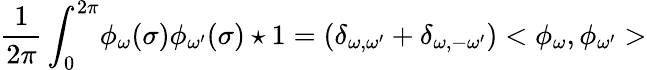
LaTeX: \frac{1}{2\pi}\int_{0}^{2\pi}\! \phi_{\omega}(\sigma)\phi_{\omega^{\prime}}(\sigma)\star 1=(\delta_{\omega,\omega^{\prime}}+\delta_{\omega,-\omega^{\prime}})<\phi_{\omega},\phi_{\omega^{\prime}}>